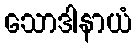
သောဒါနာယံ